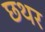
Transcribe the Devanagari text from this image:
छथर